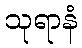
သုရာနံ